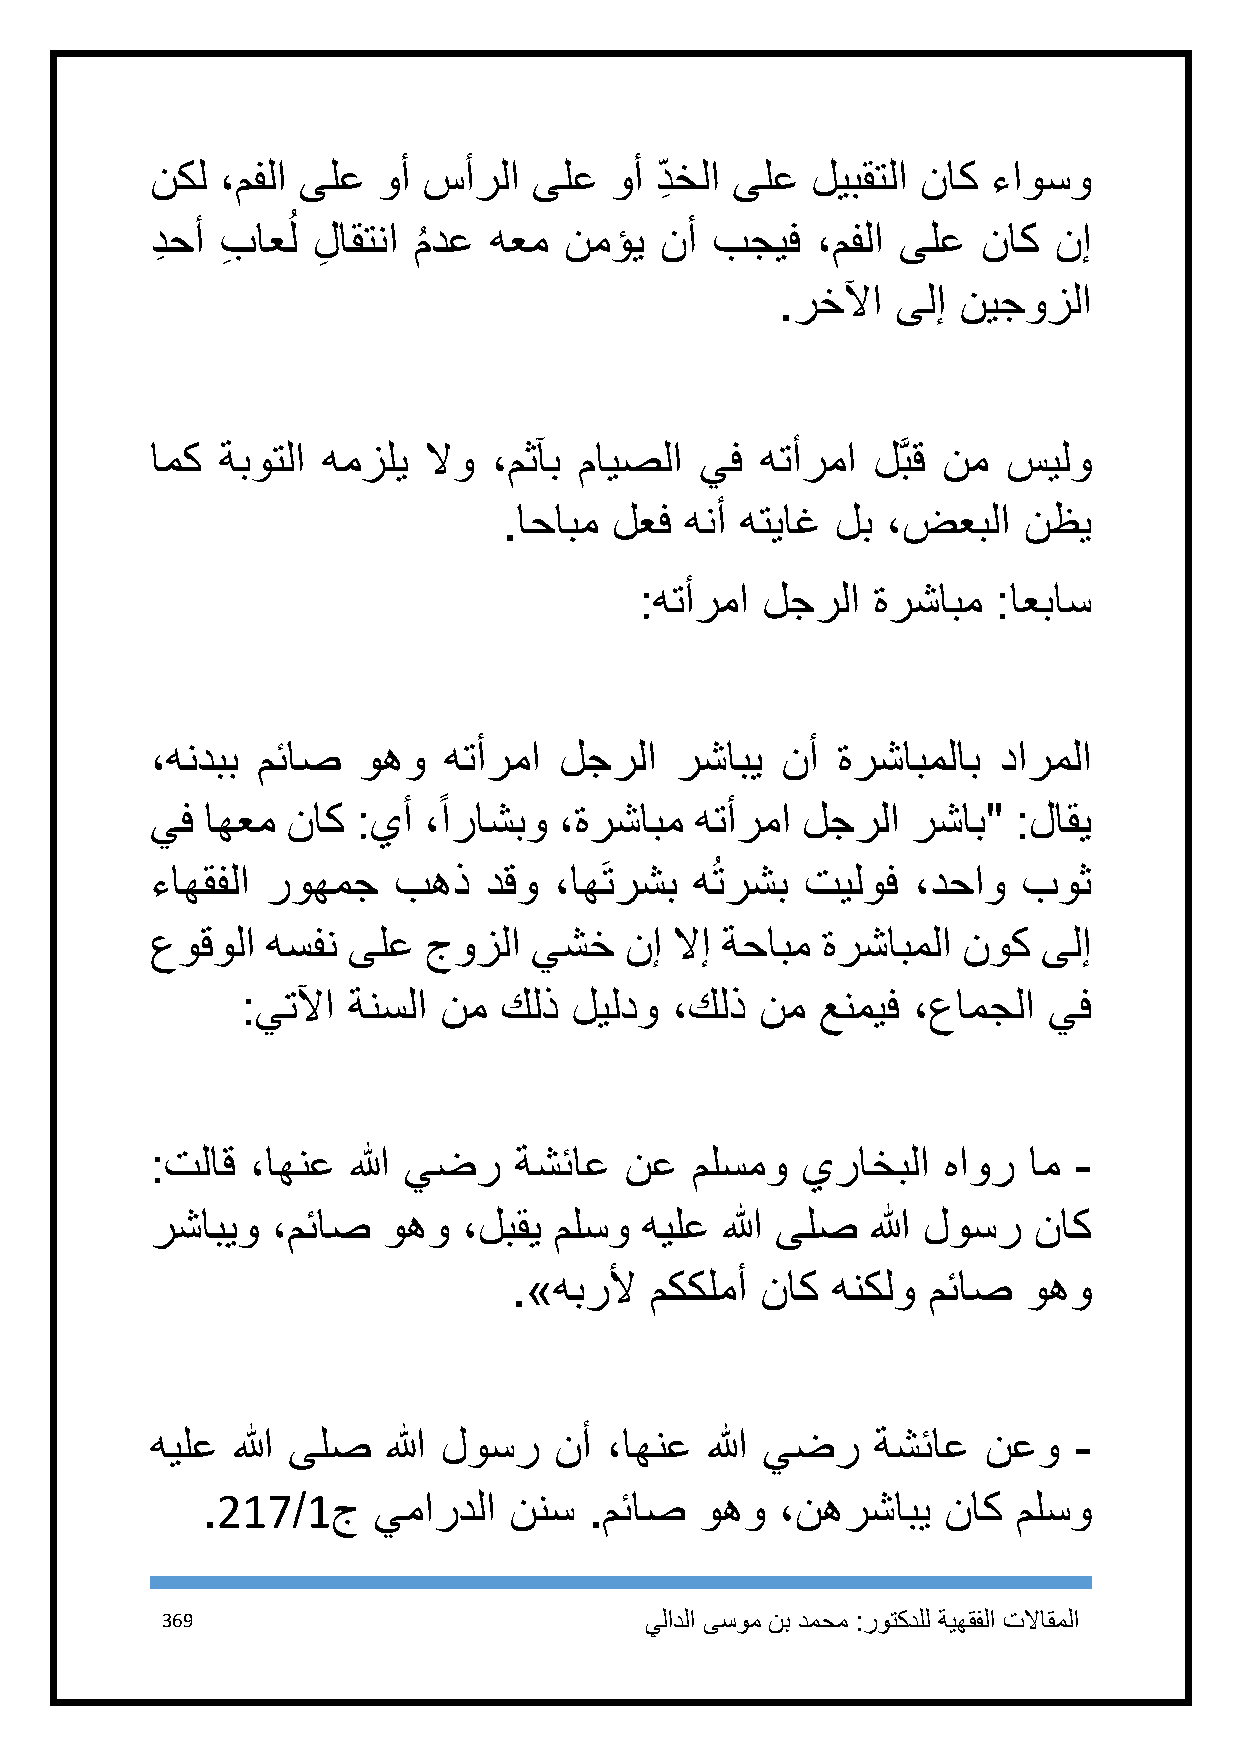
نكل  ،مفلا ىلع وأ سأرلا  ىلع  وأ د ِ خلا ىلع ليبقتلا ناك ءاوسو
 ُ
 دِ حأ بِ اعل لِ اقتنا م
 ُ
 دع هعم  نمؤي   نأ بجيف   ،مفلا ىلع  ناك  نإ
 .رخلآا ىلإ  نيجوزلا
 امك  ةبوتلا همزلي لاو  ،مثآب مايصلا يف  هتأرما  لَّبق نم سيلو
 .احابم  لعف هنأ هتياغ لب  ،ضعبلا   نظي
 :هتأرما لجرلا   ةرشابم  :اعباس
 ،هندبب مئاص   وهو  هتأرما  لجرلا   رشابي  نأ ةرشابملاب  دارملا
 ً
 يف  اهعم ناك  :يأ ،اراشبو  ،ةرشابم  هتأرما لجرلا  رشاب"  :لاقي
 ءاهقفلا روهمج   بهذ   دقو  ،اهَترشب هُترشب تيلوف  ،دحاو   بوث
 عوقولا  هسفن ىلع  جوزلا  يشخ   نإ  لاإ ةحابم ةرشابملا نوك  ىلإ
 :يتلآا ةنسلا نم  كلذ  ليلدو ،كلذ  نم  عنميف ،عامجلا  يف
 :تلاق  ،اهنع الله يضر   ةشئاع  نع   ملسمو  يراخبلا  هاور  ام -
 رشابيو  ،مئاص  وهو   ،لبقي ملسو هيلع  الله ىلص  الله لوسر ناك
 .»هبرلأ  مككلمأ ناك  هنكلو مئاص   وهو
 هيلع الله ىلص   الله لوسر  نأ ،اهنع  الله يضر   ةشئاع  نعو   -
 .217/1ج     يماردلا  ننس  .مئاص  وهو   ،نهرشابي  ناك  ملسو
 369                             يلادلا ىسوم نب دمحم :روتكدلل ةيهقفلا تلااقملا